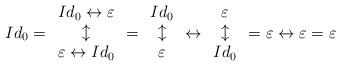
LaTeX: \begin{align*}Id_0=\begin{array}{c}Id_0\leftrightarrow\varepsilon\\\updownarrow\\\varepsilon\leftrightarrow Id_0\end{array}=\begin{array}{c}Id_0\\\updownarrow\\\varepsilon\end{array}\leftrightarrow\begin{array}{c}\varepsilon\\\updownarrow\\Id_0\end{array}=\varepsilon\leftrightarrow\varepsilon=\varepsilon\end{align*}